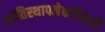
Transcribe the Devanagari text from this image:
शांतिस्थापनेकरिताही